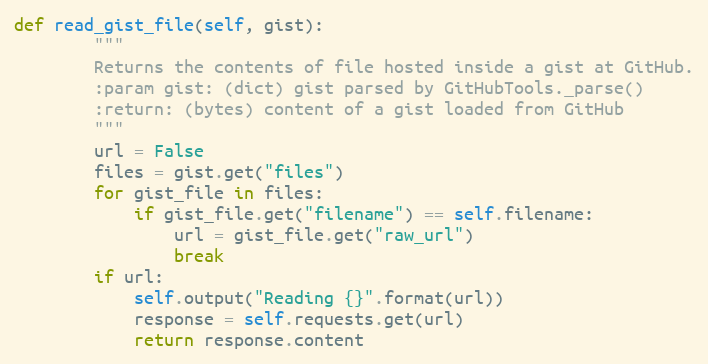
Language: Python
def read_gist_file(self, gist):
        """
        Returns the contents of file hosted inside a gist at GitHub.
        :param gist: (dict) gist parsed by GitHubTools._parse()
        :return: (bytes) content of a gist loaded from GitHub
        """
        url = False
        files = gist.get("files")
        for gist_file in files:
            if gist_file.get("filename") == self.filename:
                url = gist_file.get("raw_url")
                break
        if url:
            self.output("Reading {}".format(url))
            response = self.requests.get(url)
            return response.content